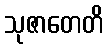
သုဇာတေတိ